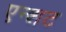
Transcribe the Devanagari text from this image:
एन्शट